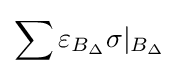
\sum \varepsilon _{B_{\Delta }}\sigma \vert _{B_{\Delta }}